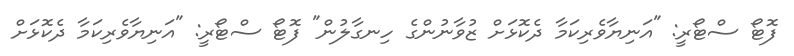
ފޮޓޯ ސްޓޯރީ: "އަނިޔާވެރިކަމާ ދެކޮޅަށް ޒުވާނުންގެ ހިނގާލުން" ފޮޓޯ ސްޓޯރީ: "އަނިޔާވެރިކަމާ ދެކޮޅަށް